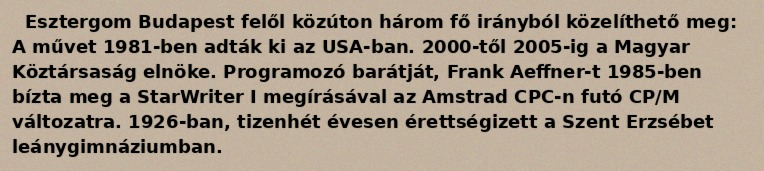
Esztergom Budapest felől közúton három fő irányból közelíthető meg: A művet 1981-ben adták ki az USA-ban. 2000-től 2005-ig a Magyar Köztársaság elnöke. Programozó barátját, Frank Aeffner-t 1985-ben bízta meg a StarWriter I megírásával az Amstrad CPC-n futó CP/M változatra. 1926-ban, tizenhét évesen érettségizett a Szent Erzsébet leánygimnáziumban.